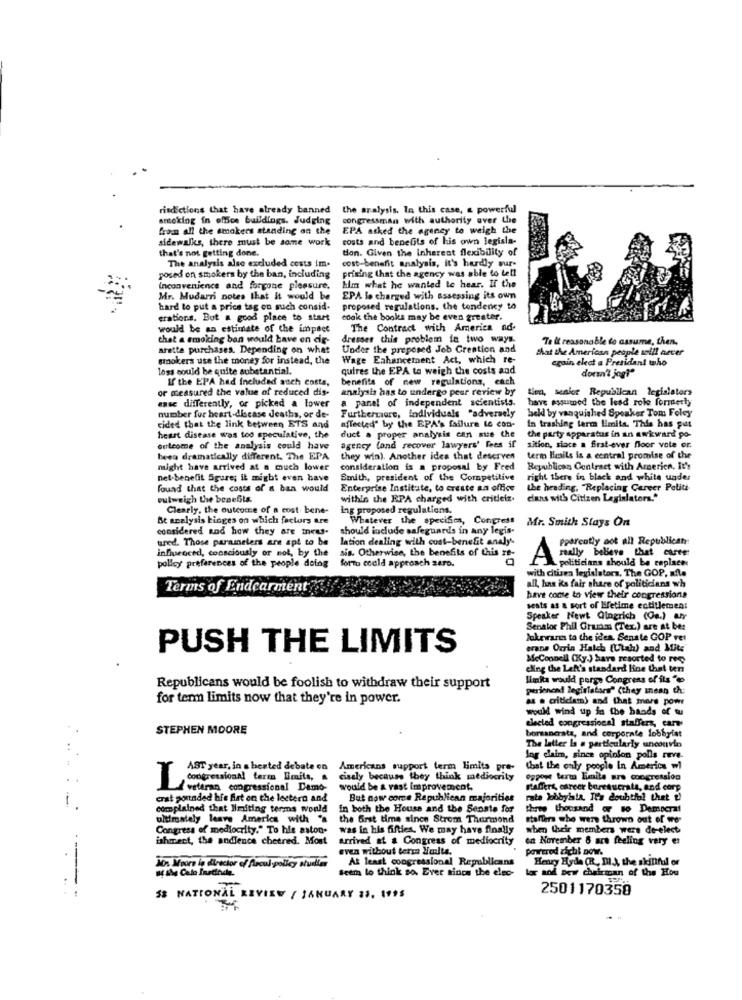
risdictions that have already banned
the aralysis, In this case, a powerful
smoking in office buildings. Judging
congressman with authority over the
from all the smokers standing on the
EPA asked the agency to weigh the
sidewalks, there must be samme work
costs and benefits of his own legisla-
that's not getting done.
tion. Given the inherent flexibility of
cost-benefit analysis, it's hardly sur-
The analysis also excluded costs im.
prising that the agency was able to tell
posed on smokers by the ban, including
Inconvenience and forgone pleasure.
him what he wanted le hear. If the
Mr. Mudarri notes that it would be
EPA le charged with assessing its own
hard to put a price tag on such consid-
proposed regulations. the tendency to
erations. But a good place to start
edok the books may be even greater.
would be an estimate of the imper
The Contract with America ad-
that a smoking ban would have en cie-
dresses this problem in two ways.
Te ll reasonable do assume, then.
arette purchases. Depending on what
Under the proposed Job Creation and
that the American people will never
smokers use the money for instead, the
Wage Enhancement Act, which re-
egain elect a President toho
loss could be quite substantial.
quires the EPA to weigh the costs and
If the EPA had included such cotta,
benefits of new regulations, ench
don't jog?"
or measured the value of reduced dis-
analysis has to undergo peer review by
Ben, senior Republican legislators
a panel of independent scientists.
have assumed the lead role formerly
ense differently, or picked a lower
Furthermore, individuals "adversely
bekl by vanquished Speaker Tom Foley
number for heart-discase deaths, or de-
cided that the link between ETS and
affected" by the EPA's failure to con-
In trashing term limits. This has put
heart disease was too speculative, the
duct a proper analysis can sue the
the party apparatus in an awkward po-
outcome of the analysis could have
agency (and recover lawyers' fees if
sition, since a first-ever floor vole er.
been dramatically different. The EPA
they win). Another idea that deserves
termo limails is a central promise of the
might have arrived at a much lower
consideration is a proposal by Fred
Republican Contract with America. It's
net-benefit Sgure; it might even have
Smith, president of the Competitive
right there in black and white under
found that the costs of s ban would
Enterprise Institute, to create an office
the heading. "Replacing Career Politi-
outweigh the benefits.
within the RPA charged with critielz.
dans with Citizen Legislators."
Clearly, the outcome of a cost bene-
ing proposed regulations.
Be analysis binges on which factors are
Whatever the specifics, Congress
Mr. Smith Stays On
considered and how they are meus.
should include safeguards in any legis-
ured. Those parameters are apt to be
lation dealing with cost-benefit analy'-
Pparcotly aot all Republican
influenced, consciously or not, by the
sis. Otherwise, the benefits of this ze-
really believe that curve
forto cceld approach zero.
0
A politicians should be replace:
polloy preferences of the people doing
with citizen legislators, The GOP, afte
Terms of Endcarment
all, has its fair share of politicians wh
have come to view their congressions
seats as a sort of Lifetime entitlement
Speaker Newt Gingrich (On.] arr
Senator Phil Grunn (Tex.) are at ber
lukewarm ta the idea. Senate GOP vet
PUSH THE LIMITS
erane Orrin Hatch (Utah) and Mit:
McConnell (Ky.) have reported to reco
eling the Left's standard Kine that ter
links would porge Congress of its "
Republicans would be foolish to withdraw their support
perienced legislators" (they mean th
for term limits now that they're in power.
as . criticam) and that more powr
would wind up in the hands of tu
elected congressional staffers, care
STEPHEN MOORE
borsancrats, and corporate lobbyist
The latter is a particularly unconvin
Ing claim, since opinion polls reve-
AST year, in a heated debate on Americans support term limits pre-
that the only people In America wi
cisaly because they think mediocrity
oppon term Emite ars congression
congressional terms limita, .
Iveteran congressional Damo-
would be & vast improvement,
staffers, career bureaucrats, and corp
1
erat pounded his fist on the lectern and
But now come Republican majorities
rata lobbyista. It's doubthol thet t'
complained that Imiting terms would
In both the House and the Senate for
three thousand or so Democrat
ultimately leave America with "s
the Srst time since Strom Thurmond
staffers who were thrown out of wo-
Congress of mediocrity." To his aston-
was in his fifties. We may have finally
when their members wers de-elect
ishment, the andience chetred. Most
Arrived at & Congress of mediocrity
en November & are feeling very es
even without ters Jelte.
powered zicht now.
M. Moore in director of Arcul policy studies
At least congressional Republicans
Henry Hyde (R. M.), the skinifdl or
at the Celo Inetinde.
teem lo think so Ever since the elec-
lor and Dew chairman of the Hou
----
.. .
2501170350
58 NATIONAL REVIEW / JANUARY 23. 1995